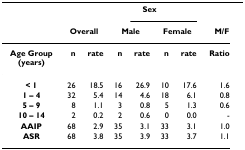
|  |  |  |  | <COLSPAN=2> Sex |
 |  | <COLSPAN=2> Overall | <COLSPAN=2> Male | <COLSPAN=2> Female | <COLSPAN=2> M/F |
 | --- | --- | --- | --- | --- | --- |
 | Age Group(years) | n | rate | n | rate | n | rate | Ratio |
 | < 1 | 26 | 18.5 | 16 | 26.9 | 10 | 17.6 | 1.6 |
 | 1 – 4 | 32 | 5.4 | 14 | 4.6 | 18 | 6.1 | 0.8 |
 | 5 – 9 | 8 | 1.1 | 3 | 0.8 | 5 | 1.3 | 0.6 |
 | 10 – 14 | 2 | 0.2 | 2 | 0.6 | 0 | 0.0 | - |
 | AAIP | 68 | 2.9 | 35 | 3.1 | 33 | 3.1 | 1.0 |
 | ASR | 68 | 3.8 | 35 | 3.9 | 33 | 3.7 | 1.1 |